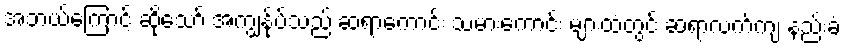
အဘယ်ကြောင့် ဆိုသော် အကျွန်ုပ်သည် ဆရာကောင်း သမားကောင်း များထံတွင် ဆရာလက်ကျ နည်းခံ